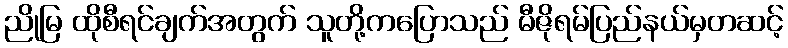
ညိုမြ ထိုစီရင်ချက်အတွက် သူတို့ကပြောသည် မီဇိုရမ်ပြည်နယ်မှတဆင့်